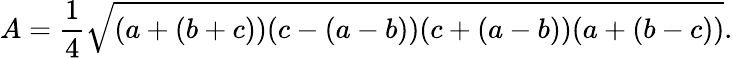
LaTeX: A={\frac{1}{4}}{\sqrt{(a+(b+c))(c-(a-b))(c+(a-b))(a+(b-c))}}.